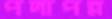
পদাপন্ন